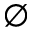
\varnothing